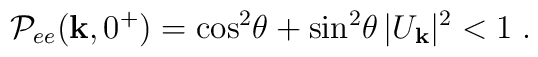
{\cal P}_{ee}({\bf k},0^+)=  \cos^2\!\theta + \sin^2\!\theta\, |U_{\bf k}|^2 < 1  \;.